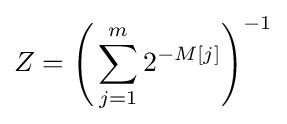
Z={\Bigg (}\sum _{j=1}^{m}{2^{-M[j]}}{\Bigg )}^{-1}